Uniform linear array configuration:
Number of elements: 12
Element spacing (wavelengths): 0.25
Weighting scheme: hamming
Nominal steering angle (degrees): -60
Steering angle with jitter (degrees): -61.956
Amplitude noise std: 0.05
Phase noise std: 0.05

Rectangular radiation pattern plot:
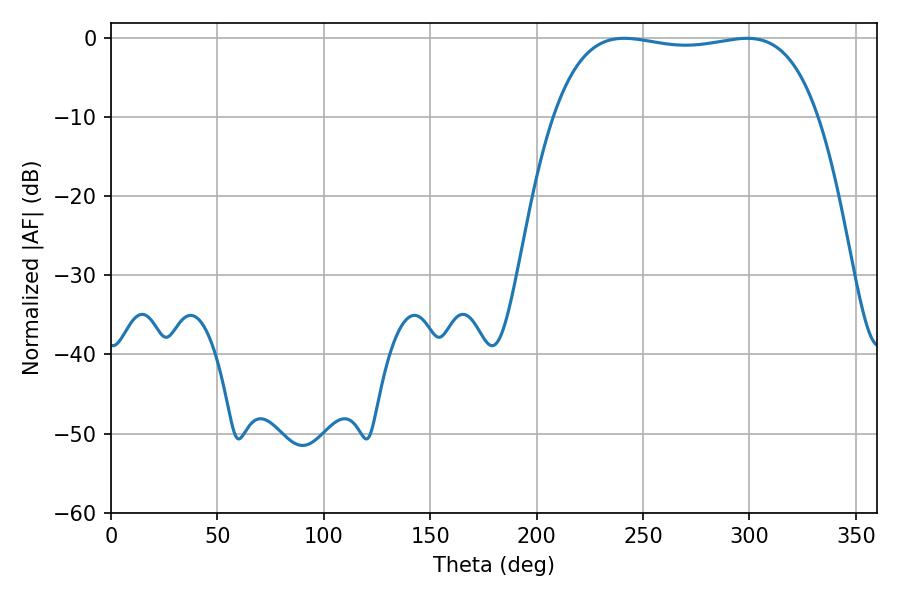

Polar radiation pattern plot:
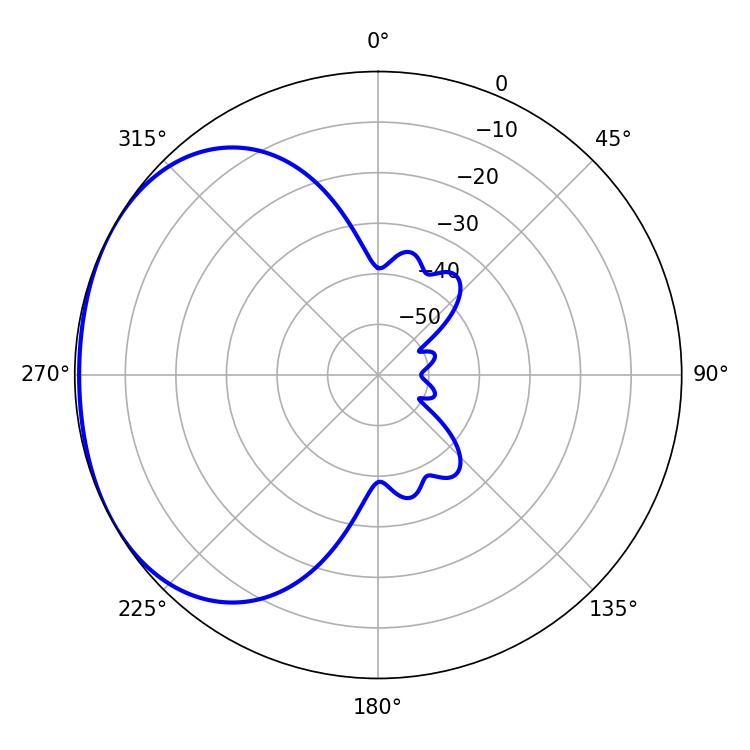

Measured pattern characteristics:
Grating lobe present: FALSE
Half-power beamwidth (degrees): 99.36
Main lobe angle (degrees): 241.2